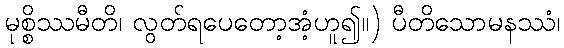
မုစ္စိဿမီတိ၊ လွတ်ရပေတော့အံ့ဟူ၍။) ပီတိသောမနဿံ၊